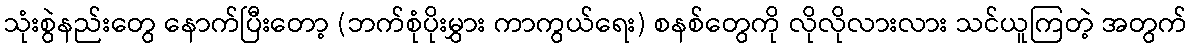
သုံးစွဲနည်းတွေ နောက်ပြီးတော့ (ဘက်စုံပိုးမွှား ကာကွယ်ရေး) စနစ်တွေကို လိုလိုလားလား သင်ယူကြတဲ့ အတွက်